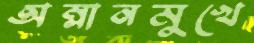
অম্লানমুখে